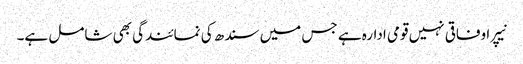
نیپرا وفاقی نہیں قومی ادارہ ہے جس میں سندھ کی نمائندگی بھی شامل ہے۔